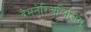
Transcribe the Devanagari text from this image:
देमतेरिअलिज़िग्